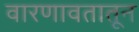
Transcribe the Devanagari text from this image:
वारणावतातून